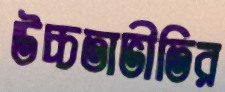
উচ্চতাভীতির